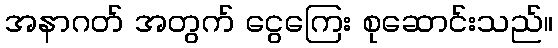
အနာဂတ် အတွက် ငွေကြေး စုဆောင်းသည်။